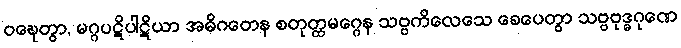
ဝဍ္ဎေတွာ, မဂ္ဂပဋိပါဋိယာ အဓိဂတေန စတုတ္ထမဂ္ဂေန သဗ္ဗကိလေသေ ခေပေတွာ သဗ္ဗဗုဒ္ဓဂုဏေ